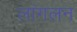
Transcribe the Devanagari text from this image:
लांगलन